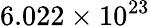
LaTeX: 6.022\times 10^{23}